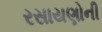
રસાયણોની